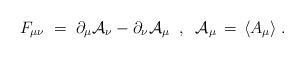
LaTeX: \begin{align*}F_{\mu\nu}\;=\; \partial_\mu {\mathcal A}_\nu - \partial_\nu {\mathcal A}_\mu\;\;,\;\; {\mathcal A}_\mu\,=\,\langle A_\mu\rangle \;.\end{align*}